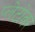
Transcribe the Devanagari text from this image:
प्लेटोवर